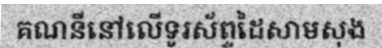
គណនីនៅលើទូរស័ព្ទដៃសាមសុង